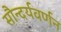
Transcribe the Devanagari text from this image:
सौन्दर्यवर्णन